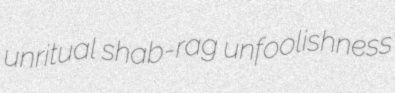
unritual shab-rag unfoolishness